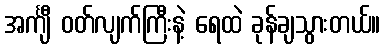
အင်္ကျီ ဝတ်လျက်ကြီးနဲ့ ရေထဲ ခုန်ချသွားတယ်။